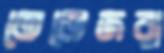
তেভেজরা